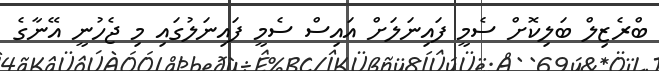
ބްރެޒިލް ބަލިކޮށް ސެމީ ފައިނަލަށް އައިސް ސެމީ ފައިނަލުގައި މި ޖެހުނީ އޭނާގެ